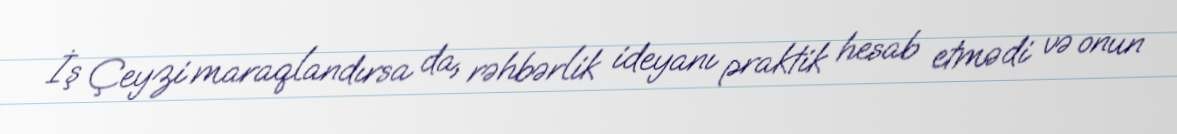
İş Çeyzi maraqlandırsa da, rəhbərlik ideyanı praktik hesab etmədi və onun